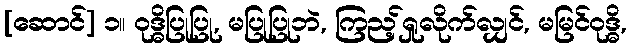
[ဆောင်] ၁။ ဝုဒ္ဓိပြုပြု, မပြုပြုဘဲ, ကြည့်ရှုလိုက်လျှင်, မမြင်ဝုဒ္ဓိ,